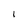
Character: 1